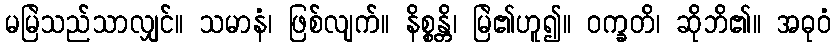
မမြဲသည်သာလျှင်။ သမာနံ၊ ဖြစ်လျက်။ နိစ္စန္တိ၊ မြဲ၏ဟူ၍။ ဝက္ခတိ၊ ဆိုဘိ၏။ အဓုဝံ